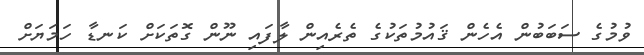
ވުމުގެ ސަބަބުން އެހެން ޤައުމުތަކުގެ ތެރެއިން ލާފައި ނޫން ގޮތަކަށް ކަނޑާ ހަމަޔަށް